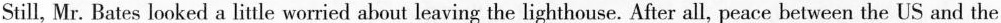
Still, Mr. Bates looked a little worried about leaving the lighthouse. After all, peace between the